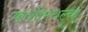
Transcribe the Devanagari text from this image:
काशीमधल्या